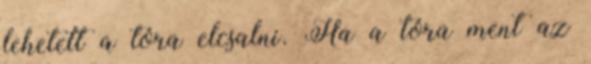
lehetett a tóra elcsalni. Ha a tóra ment az